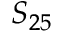
S _ { 2 5 }